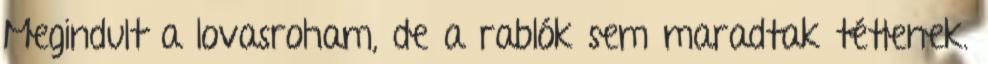
Megindult a lovasroham, de a rablók sem maradtak tétlenek.